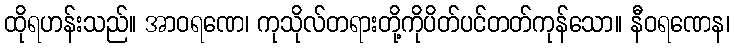
ထိုရဟန်းသည်။ အာဝရဏေ၊ ကုသိုလ်တရားတို့ကိုပိတ်ပင်တတ်ကုန်သော။ နီဝရဏေန၊